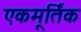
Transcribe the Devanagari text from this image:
एकमूर्तिक